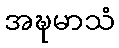
အဍ္ဎမာသံ